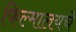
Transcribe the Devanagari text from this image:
फिल्मालयचे